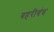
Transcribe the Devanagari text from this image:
बहरीबंध